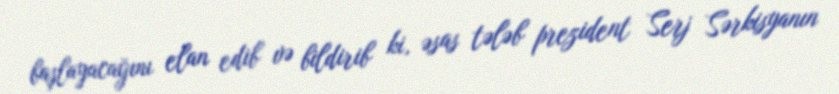
başlayacağını elan edib və bildirib ki, əsas tələb prezident Serj Sərkisyanın